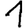
Digit: 1